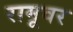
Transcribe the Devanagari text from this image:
रामूवर